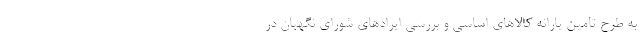
به طرح تامین یارانه کالاهای اساسی و بررسی ایرادهای شورای نگهبان در